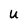
Character: u